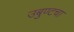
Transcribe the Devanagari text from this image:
उबुण्टचा